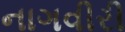
નાગવીરી